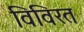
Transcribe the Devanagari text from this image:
विविरत